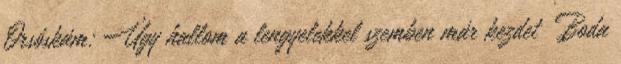
Orsóskám: Úgy hallom a lengyelekkel szemben már kezdet� Boda